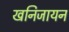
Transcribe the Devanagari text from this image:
खनिजायन